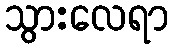
သွားလေရာ